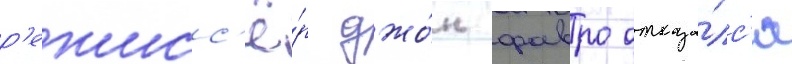
р'ежисс'ё́р джо́н фавро отказа́лс'я